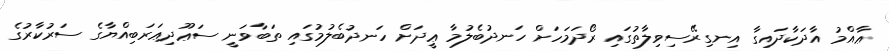
ޢާއްމު އާދަކާދައިގާ އިނގިރޭސިވިލާތުގައި ރޯދަމަހަށް ހަނދުބެލުމާ ޢީދަށް ހަނދުބެލުމުގައި ތަބާވަނީ ސަޢޫދިޢަރަބިއްޔާގެ ސަރުކާރުގެ